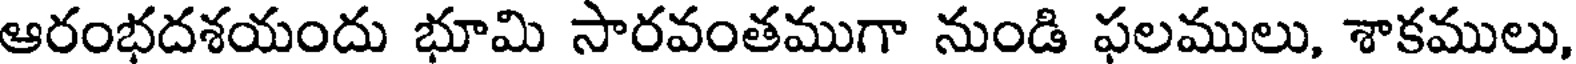
ఆరంభదశయందు భూమి సారవంతముగా నుండి ఫలములు, శాకములు,